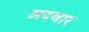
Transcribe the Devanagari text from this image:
अदवार